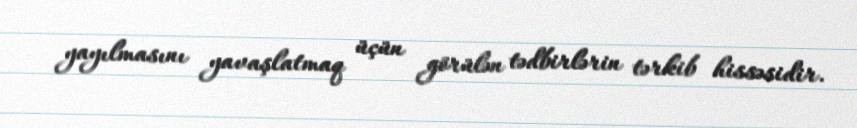
yayılmasını yavaşlatmaq üçün görülən tədbirlərin tərkib hissəsidir.